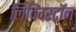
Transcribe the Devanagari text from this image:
लिविंग्स्टॉन